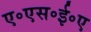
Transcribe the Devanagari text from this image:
ए॰एस॰ई॰ए